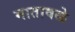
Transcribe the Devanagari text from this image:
मातावळे